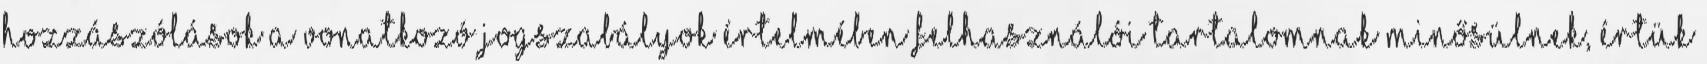
hozzászólások a vonatkozó jogszabályok értelmében felhasználói tartalomnak minősülnek, értük